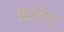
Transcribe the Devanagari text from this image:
बिसिए